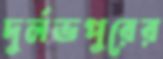
দুর্লভপুরের